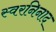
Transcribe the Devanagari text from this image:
स्वरनिनाद